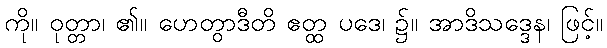
ကို။ ဝုတ္တာ၊ ၏။ ဟေတွာဒီတိ ဧတ္ထ ပဒေ၊ ၌။ အာဒိသဒ္ဒေန၊ ဖြင့်။